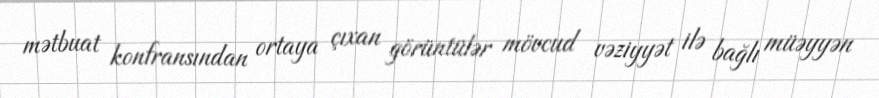
mətbuat konfransından ortaya çıxan görüntülər mövcud vəziyyət ilə bağlı müəyyən